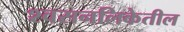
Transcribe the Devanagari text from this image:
श्वसनलिकेतील